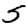
Digit: 5